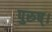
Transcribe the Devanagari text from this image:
पुरुष्।